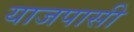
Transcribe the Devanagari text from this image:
याजपासी